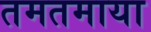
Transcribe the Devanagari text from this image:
तमतमाया